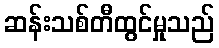
ဆန်းသစ်တီထွင်မှုသည်